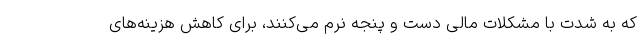
که به شدت با مشکلات مالی دست و پنجه نرم می‌کنند، برای کاهش هزینه‌های